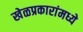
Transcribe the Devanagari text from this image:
खेळप्रकारांमध्ये